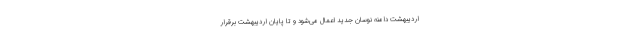
اردیبهشت دامنه نوسان جدید اعمال می‌شود و تا پایان اردیبهشت برقرار